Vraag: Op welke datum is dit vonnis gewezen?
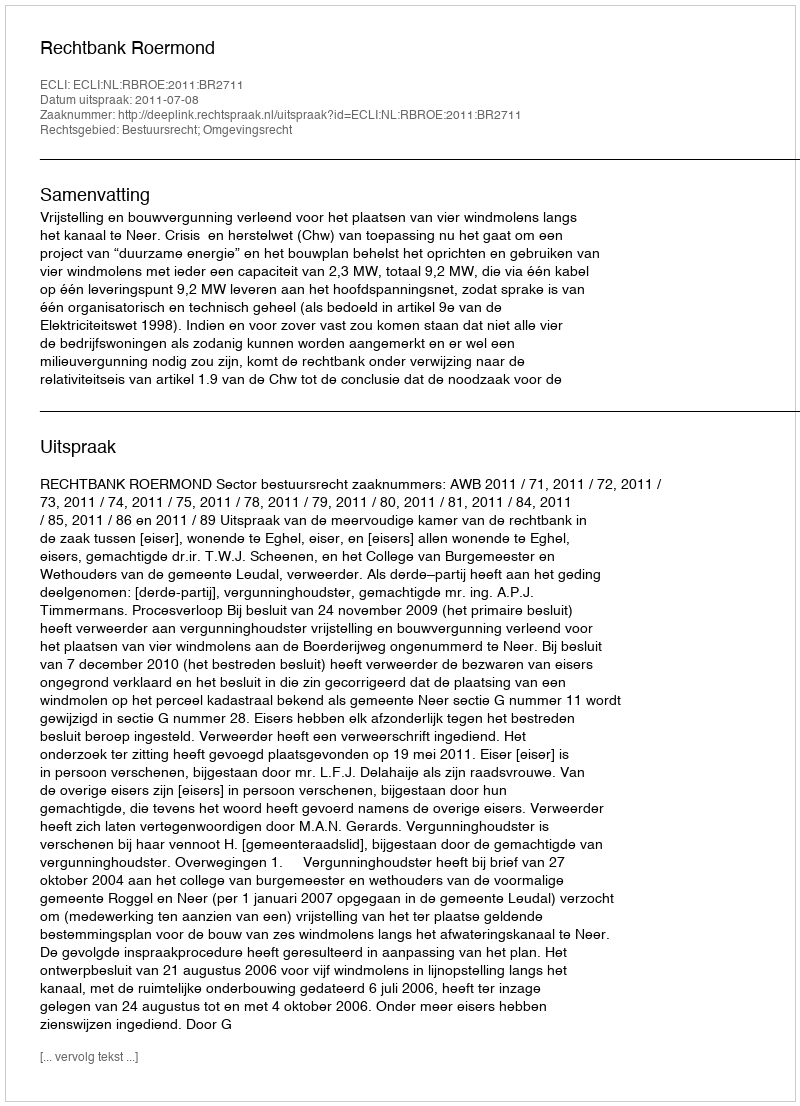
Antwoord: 2011-07-08